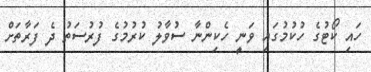
ހައި ކޯޓުގެ ހުކުމުގައި ވަނީ ހެކިންނާ ސުވާލު ކުރުމުގެ ފުރުސަތު ދެ ފަރާތަށް